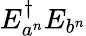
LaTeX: E_{a^{n}}^{\dagger}E_{b^{n}}